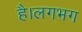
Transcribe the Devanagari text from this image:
है।लगभग